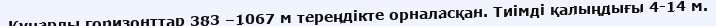
Құнарлы горизонттар 383 –1067 м тереңдікте орналасқан. Тиімді қалыңдығы 4-14 м.